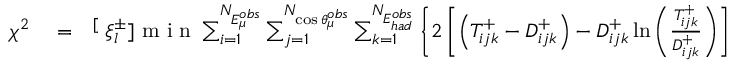
\begin{array} { r l r } { \chi ^ { 2 } } & { { } = } & { { \stackrel [ \displaystyle { \xi _ { l } ^ { \pm } } ] { } { \mathrm { ~ m ~ i ~ n ~ } } } \sum _ { i = 1 } ^ { N _ { E _ { \mu } ^ { o b s } } } \sum _ { j = 1 } ^ { N _ { \cos \theta _ { \mu } ^ { o b s } } } \sum _ { k = 1 } ^ { N _ { E _ { h a d } ^ { o b s } } } \left\{ 2 \left[ \left( T _ { i j k } ^ { + } - D _ { i j k } ^ { + } \right) - D _ { i j k } ^ { + } \ln \left( \frac { T _ { i j k } ^ { + } } { D _ { i j k } ^ { + } } \right) \right] + \right. } \end{array}